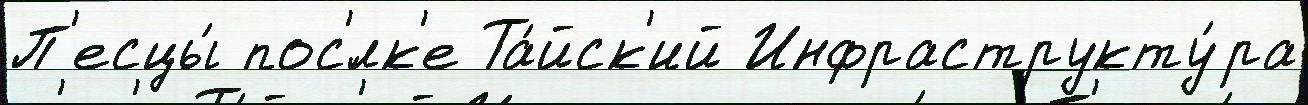
П'есцы́ пос'́лк'е Та́йск'ий Инфраструкту́ра